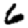
Digit: 6